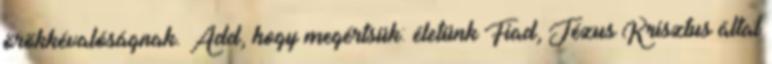
örökkévalóságnak. Add, hogy megértsük: életünk Fiad, Jézus Krisztus által